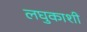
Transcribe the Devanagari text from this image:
लघुकाशी